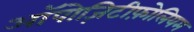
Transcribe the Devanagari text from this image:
ऑपोज़िटीफ़ोलियम